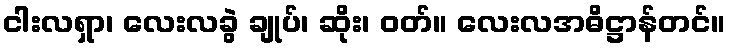
ငါးလရှာ၊ လေးလခွဲ ချုပ်၊ ဆိုး၊ ဝတ်။ လေးလအဓိဋ္ဌာန်တင်။